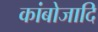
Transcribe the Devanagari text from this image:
कांबोजादि